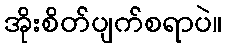
အိုးစိတ်ပျက်စရာပဲ။